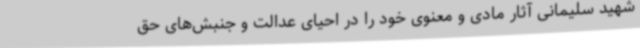
شهید سلیمانی آثار مادی و معنوی خود را در احیای عدالت و جنبش‌های حق